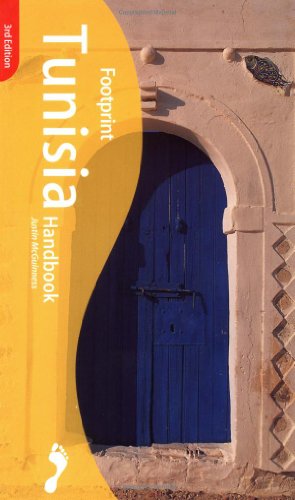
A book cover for Footprint Tunisia Handbook; Justin McGuinness; Travel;